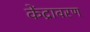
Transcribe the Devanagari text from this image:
केंद्रावरण